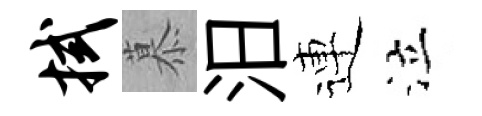
拭慕汨連泣